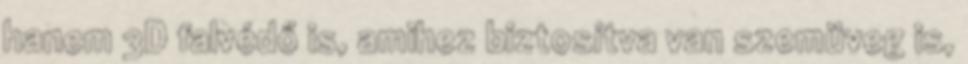
hanem 3D falvédő is, amihez biztosítva van szemüveg is,